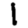
Digit: 1